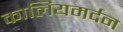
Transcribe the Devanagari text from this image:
कालियमर्दन